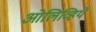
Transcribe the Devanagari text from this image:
ओलिव्हिये